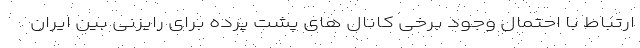
ارتباط با احتمال وجود برخی کانال های پشت پرده برای رایزنی بین ایران